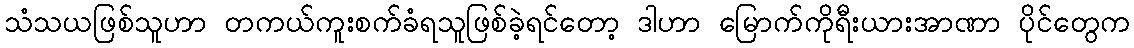
သံသယဖြစ်သူဟာ တကယ်ကူးစက်ခံရသူဖြစ်ခဲ့ရင်တော့ ဒါဟာ မြောက်ကိုရီးယားအာဏာ ပိုင်တွေက